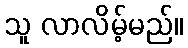
သူ လာလိမ့်မည်။